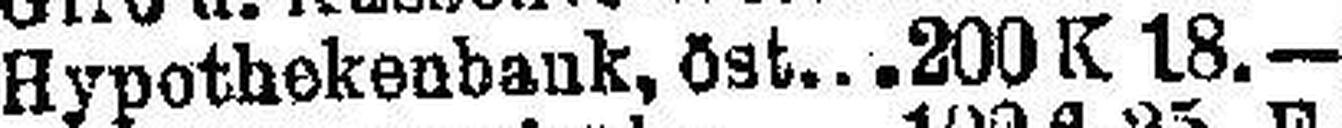
Hypothekenbank, öst 200 K 18.—